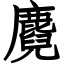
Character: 麑